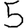
Digit: 5